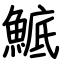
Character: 鯳